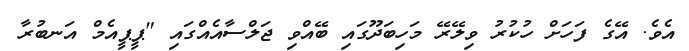
އެވެ. އޭގެ ފަހަށް ހުކުރު ވިލޭރޭ މަހިބަދޫގައި ބޭއްވި ޖަލްސާއެއްގައި "ޕީޕީއެމް އަނބުރާ